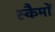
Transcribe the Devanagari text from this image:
स्कैमों